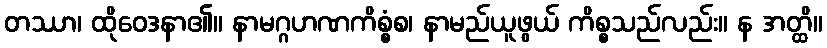
တဿာ၊ ထိုဝေဒနာ၏။ နာမဂ္ဂဟဏကိစ္စံစ၊ နာမည်ယူဖွယ် ကိစ္စသည်လည်း။ န အတ္ထိ။